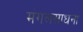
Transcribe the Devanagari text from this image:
मंगलसाधना